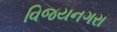
વિજયનગરા